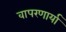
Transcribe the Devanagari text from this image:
वापरणार्या